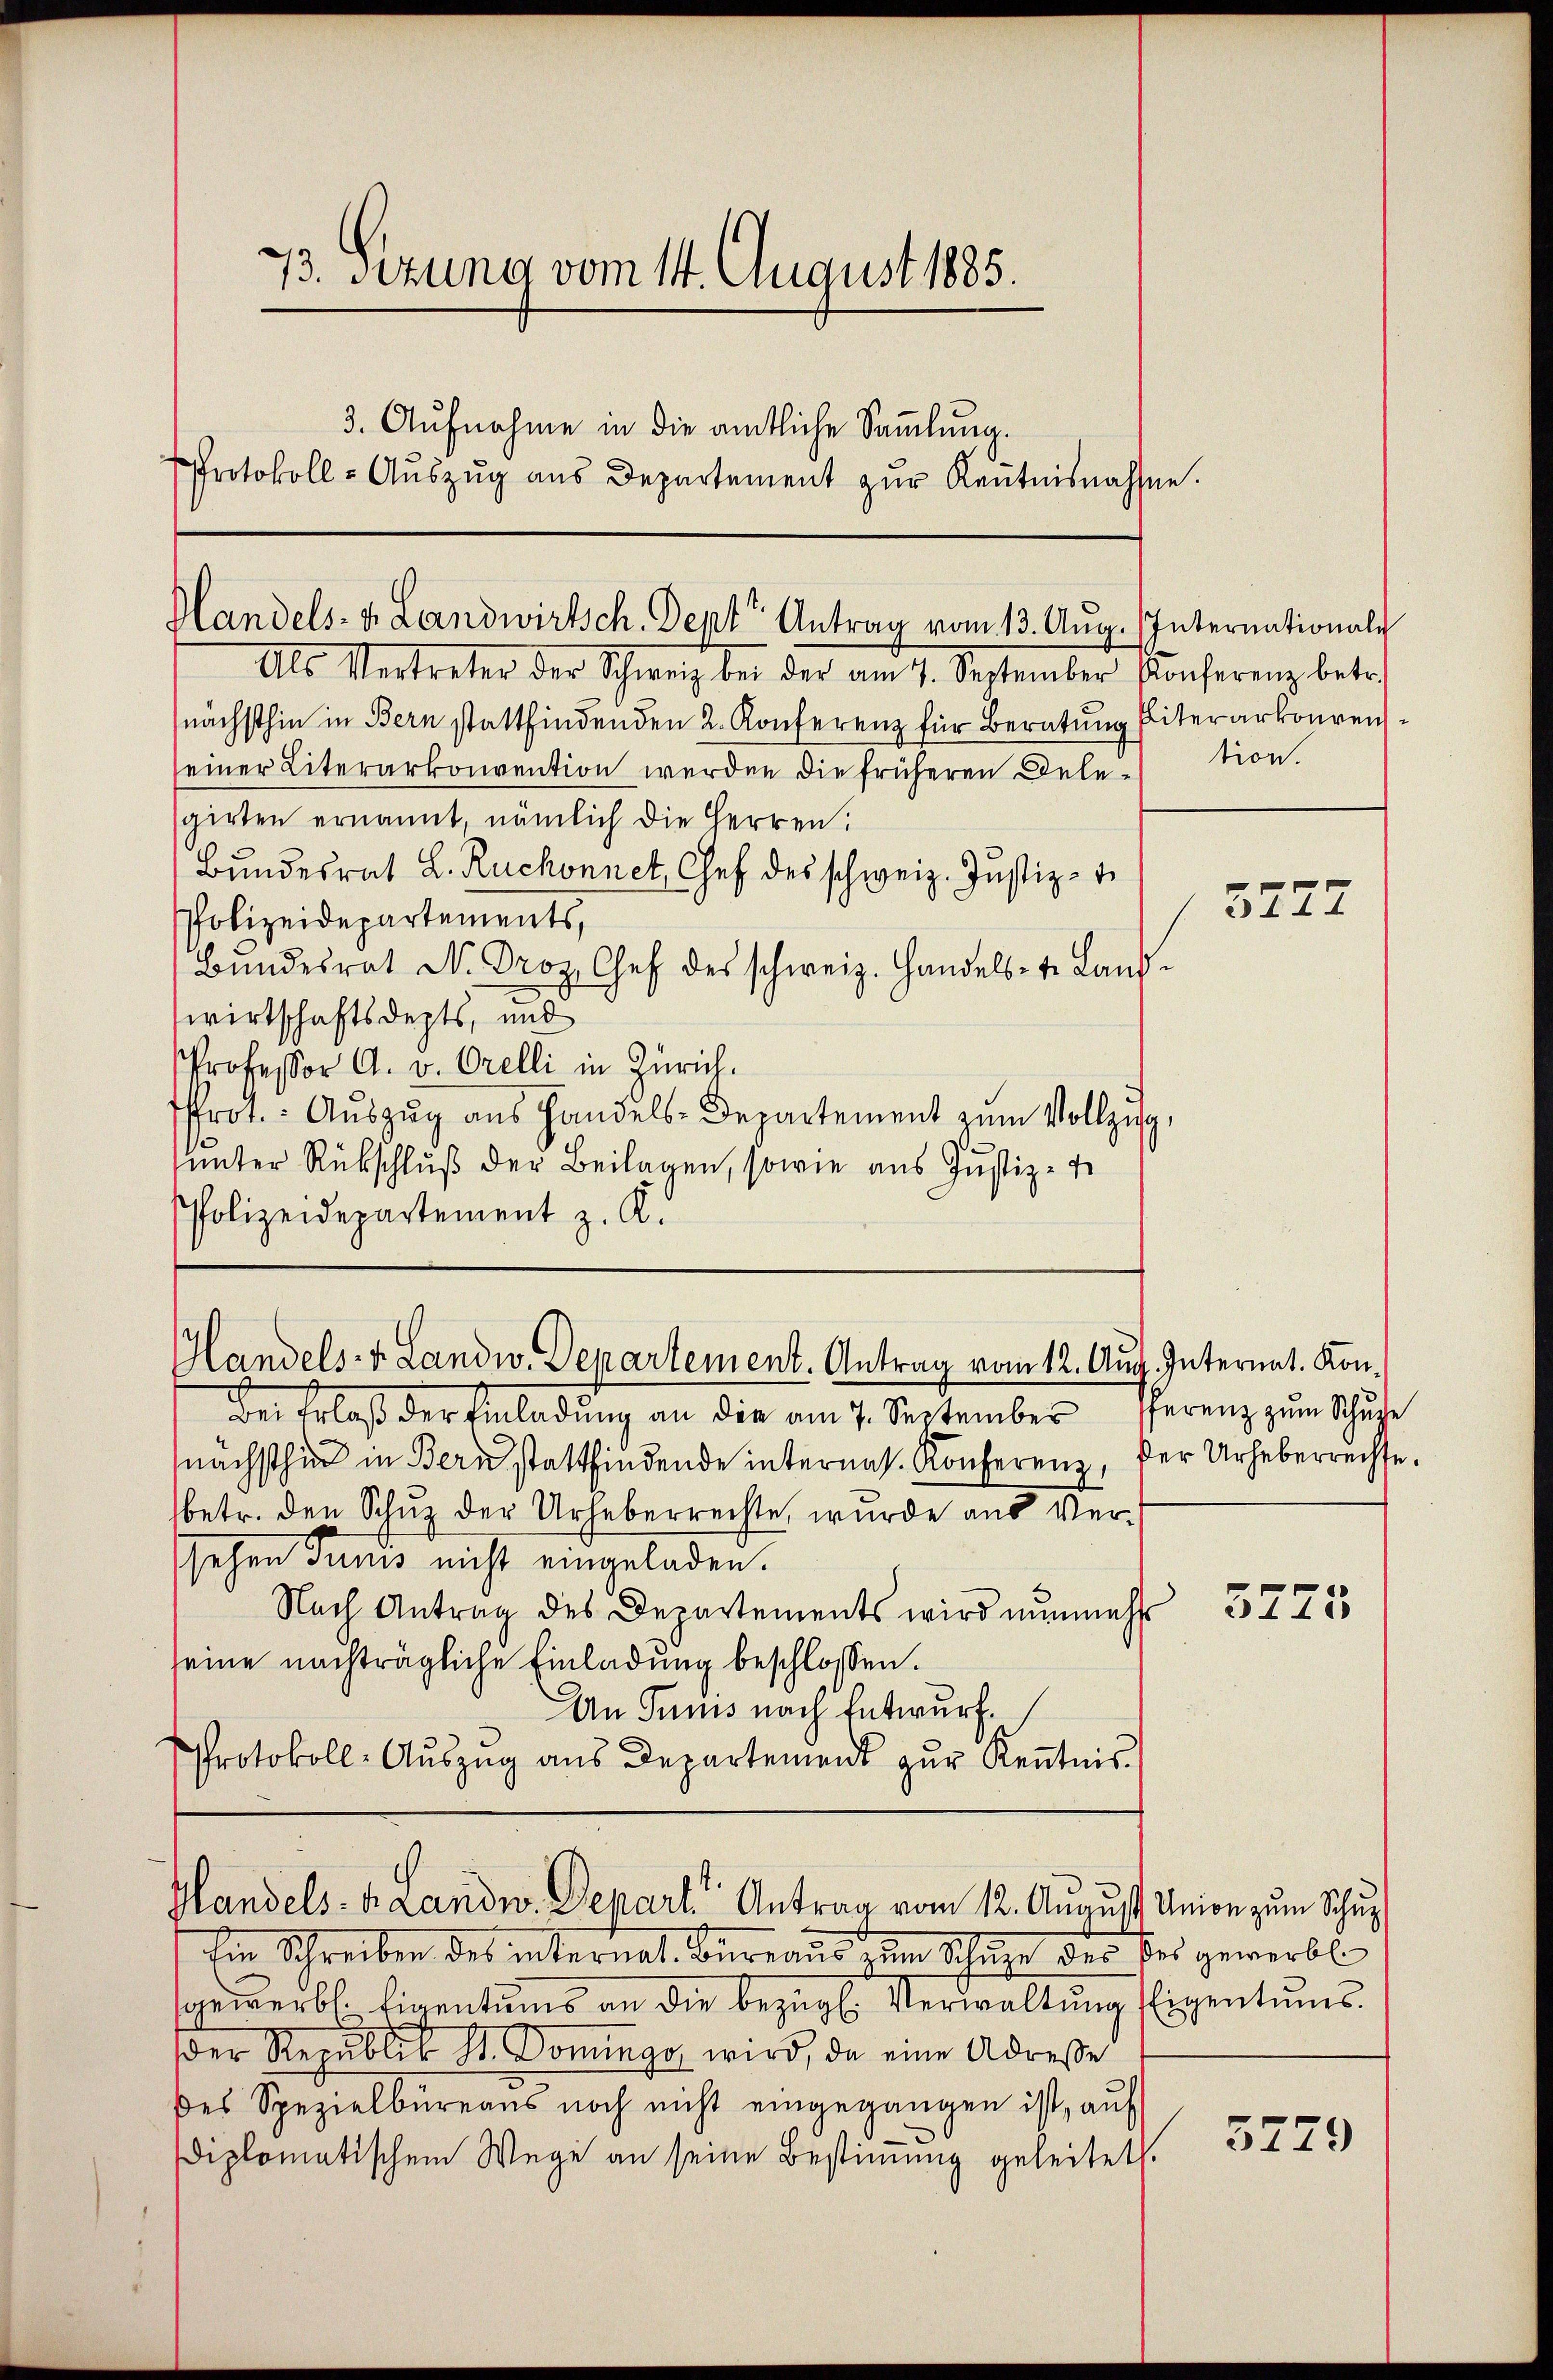
73. Sezung vom 14. August 1885.
3. Aufnahme in die amtliche Sammlung.
Protokoll-Aŭszŭg ans Departement zŭr Keṅtnisnahme.

Handels- & Landwirtsch. Sept" Antrag vom 13. Aŭg. Internationale

Als Vertreten der Schweiz bei der am 4. September Konferenz betr.
nächsthin in Bern stattfindenden 2. Konferenz für Beratung Eiterarkonveneiner Literarkonvention werden die früheren Dele-
sgirten ernannt, nämlich die Herren:
Bŭndesrat L. Ruchonnet, Chef des schweiz. Justiz-
Polizeidepartements,
Bŭndesrat D. Proz. Chef des schweiz. Handels-te Land-
wirtschaftsdepts, und
Professor A. v. Orelli in Zürich.
frot.: Aŭszŭg aŭs Handels-Departement zum Vollzug,
unter Rückschluß der Beilagen, sowie aus Justiz- un
Polizeidepartement z. R.

Handels- & Landw. Departement. Antrag vom 12. Aug. Internat. Kon¬

Des Erlaß der Einladung an die am 7. September
nächsthin in Bern stattfindende internas. Konferenz, der Urheberrechte.
betr. den Schuz der Urheberrechte, wurde aus Versehen Tunis nicht eingeladen.
Nach Antrag des Departements wird nunmehr
eine nachträgliche Einladung beschlossen.
An Tunis nach Entwurf.
Protokoll-Aŭszŭg ans Departement zŭr Keṅtnis

Handels- u. Landw. Depart Antrag vom 12. August Union zum Schup

Im Schreiben des internat. Bureaus zum Schatze der Bei gewerbl
gewerbs. Eigentums an die bezügl. Verwaltung Eigentums.
der Republik st. Domings wird, da eine Adresse
des Spezialbüreaus noch nicht eingegangen ist, auf
diplomatischem Wege an seine Bestimmung geleitet.

tion.

3277

fferenz zum Schuhe

5775

5729